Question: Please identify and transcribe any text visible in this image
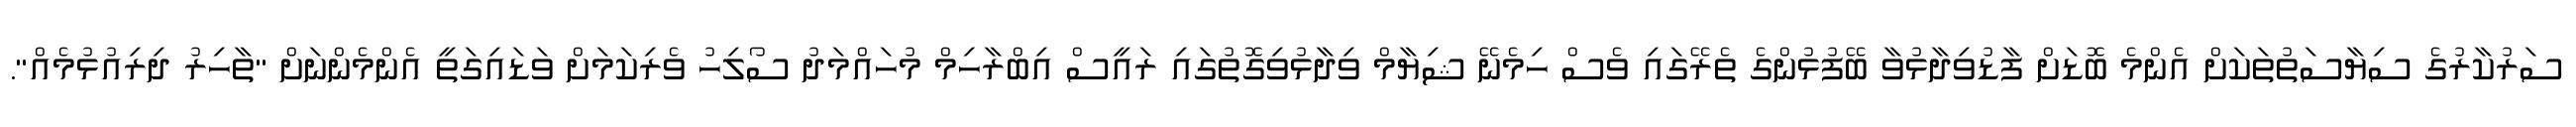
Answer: ސަރުކާރުގެ ސިޔާސަތުތަކަށް އެންމެ ބޮޑަށް ފާޑުވިދާޅުވާ ބޭފުޅުންގެ ތެރޭގައި ވެސް ހިމެނޭ ޝިޔާމް ވިދާޅުވިގޮތުގައި ރައީސް އިބްރާހިމް މުހައްމަދު ސޯލިހު ވެރިކަމަށް ވަޑައިގަތީ އެންމެންނަށް "ތާހިރު ދިރިއުޅުމެއް".